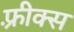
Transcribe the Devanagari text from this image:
फ़्रीक्स